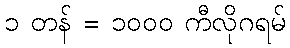
၁ တန် = ၁၀၀၀ ကီလိုဂရမ်